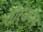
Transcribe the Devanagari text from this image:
शौर्यमन